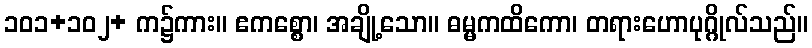
၁၀၁+၁၀၂+ က၌ကား။ ဧကစ္စော၊ အချို့သော။ ဓမ္မကထိကော၊ တရားဟောပုဂ္ဂိုလ်သည်။